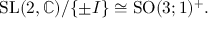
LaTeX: { \mathrm { S L } } ( 2 , \mathbb { C } ) / \{ \pm I \} \cong { \mathrm { S O } } ( 3 ; 1 ) ^ { + } .